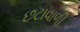
છટાવાળી